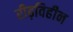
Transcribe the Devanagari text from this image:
रीढ़विहीन